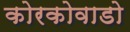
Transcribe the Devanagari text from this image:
कोरकोवाडो